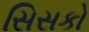
સિસકો